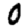
Digit: 0